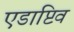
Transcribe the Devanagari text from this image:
एडाप्टिव